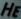
HE